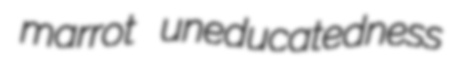
marrot uneducatedness